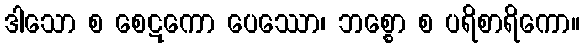
ဒါသော စ စေဋကော ပေဿော၊ ဘစ္စော စ ပရိစာရိကော။